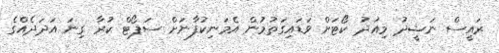
ރައީސް ނަޝީދު މިއަދު ކޯޓަށް ވަޑައިގަތުމުން އެމަނިކުފާނަށް ސަޕޯޓް ކުރާ ގިނަ އަދަދެއްގެ